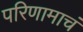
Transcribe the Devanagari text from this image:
परिणामाचं